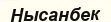
Нысанбек